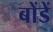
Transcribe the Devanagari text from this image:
बोंडें